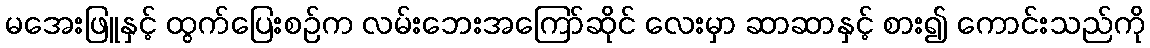
မအေးဖြူနှင့် ထွက်ပြေးစဉ်က လမ်းဘေးအကြော်ဆိုင် လေးမှာ ဆာဆာနှင့် စား၍ ကောင်းသည်ကို